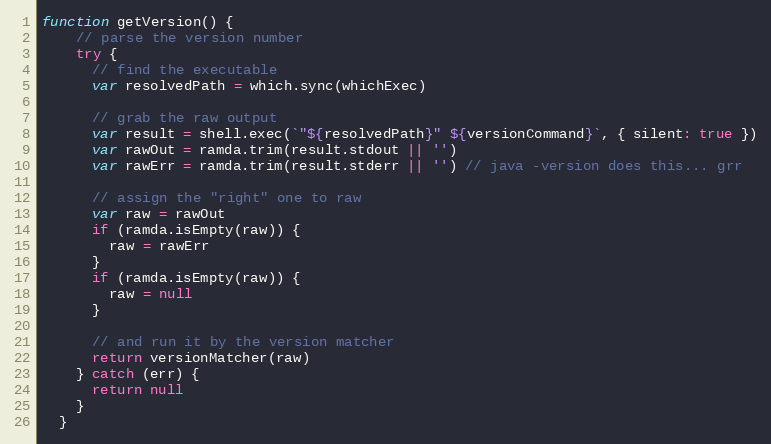
Language: JavaScript
function getVersion() {
    // parse the version number
    try {
      // find the executable
      var resolvedPath = which.sync(whichExec)

      // grab the raw output
      var result = shell.exec(`"${resolvedPath}" ${versionCommand}`, { silent: true })
      var rawOut = ramda.trim(result.stdout || '')
      var rawErr = ramda.trim(result.stderr || '') // java -version does this... grr

      // assign the "right" one to raw
      var raw = rawOut
      if (ramda.isEmpty(raw)) {
        raw = rawErr
      }
      if (ramda.isEmpty(raw)) {
        raw = null
      }

      // and run it by the version matcher
      return versionMatcher(raw)
    } catch (err) {
      return null
    }
  }